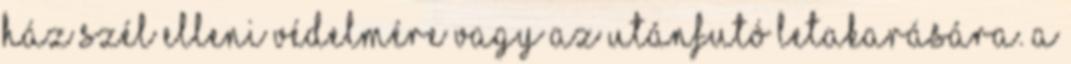
ház szél elleni védelmére vagy az utánfutó letakarására. A